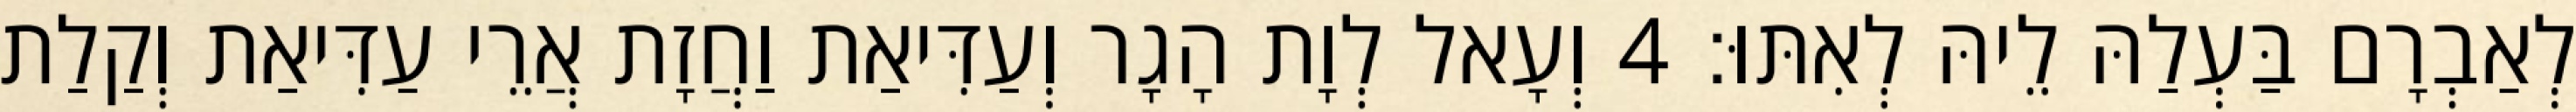
לְאַבְרָם בַּעְלַהּ לֵיהּ לְאִתּוּ׃ 4 וְעָאל לְוָת הָגָר וְעַדִּיאַת וַחֲזָת אֲרֵי עַדִּיאַת וְקַלַת